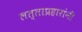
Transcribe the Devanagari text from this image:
लत्ताप्रहारांनी